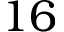
1 6